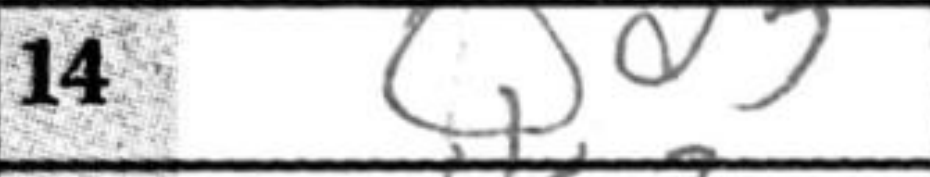
Transcription: Qd3